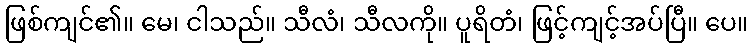
ဖြစ်ကျင်၏။ မေ၊ ငါသည်။ သီလံ၊ သီလကို။ ပူရိတံ၊ ဖြင့်ကျင့်အပ်ပြီ။ ပေ။